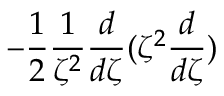
- \frac { 1 } { 2 } \frac { 1 } { \zeta ^ { 2 } } \frac { d } { d \zeta } ( \zeta ^ { 2 } \frac { d } { d \zeta } )